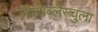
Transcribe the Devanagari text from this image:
सीलोब्लैस्चुला